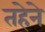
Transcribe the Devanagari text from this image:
तहेने